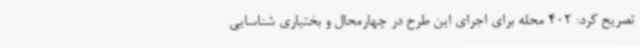
تصریح کرد: 402 محله برای اجرای این طرح در چهارمحال و بختیاری شناسایی